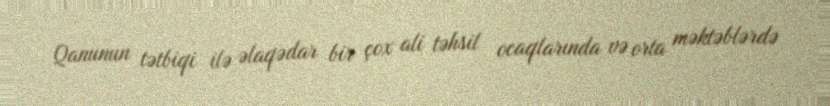
Qanunun tətbiqi ilə əlaqədar bir çox ali təhsil ocaqlarında və orta məktəblərdə